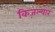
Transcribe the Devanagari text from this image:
किज़ल्यार